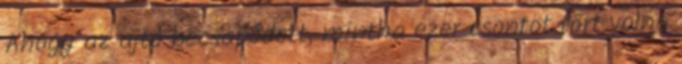
Ahogy az ajtó becsapódott, mintha ezer csontot tört volna